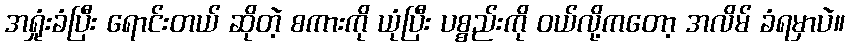
အရှုံးခံပြီး ရောင်းတယ် ဆိုတဲ့ စကားကို ယုံပြီး ပစ္စည်းကို ဝယ်လို့ကတော့ အလိမ် ခံရမှာပဲ။